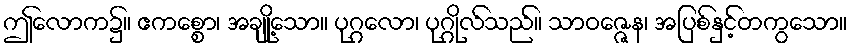
ဤလောက၌။ ဧကစ္စော၊ အချို့သော။ ပုဂ္ဂလော၊ ပုဂ္ဂိုလ်သည်။ သာဝဇ္ဇေန၊ အပြစ်နှင့်တကွသော။